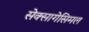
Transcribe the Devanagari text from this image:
सेक्सागेसिमल